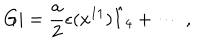
G | = { \frac { a } { 2 } } \epsilon ( x ^ { 1 1 } ) { \hat { I } } _ { 4 } + \cdots \ ,